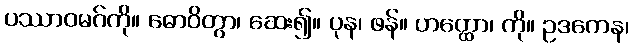
ပဿာဝမဂ်ကို။ ဓောဝိတွာ၊ ဆေး၍။ ပုန၊ ဖန်။ ဟတ္ထော၊ ကို။ ဥဒကေန၊